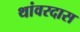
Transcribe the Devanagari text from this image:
थांवरदास